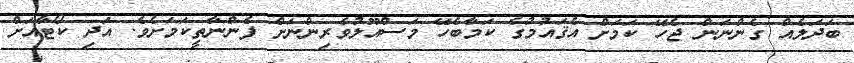
ބަދަލެއް ގެންނަން ޖެހޭ ކަމަށް އެޤައުމުގެ ކަމާބެހޭ މަސްއޫލުވެރިންނަށް ފެންނާތީކަމަށެވެ. އަދި ކޯޓާއަށް